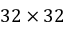
3 2 \times 3 2